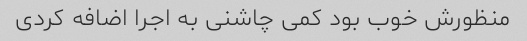
منظورش خوب بود کمی چاشنی به اجرا اضافه کردی